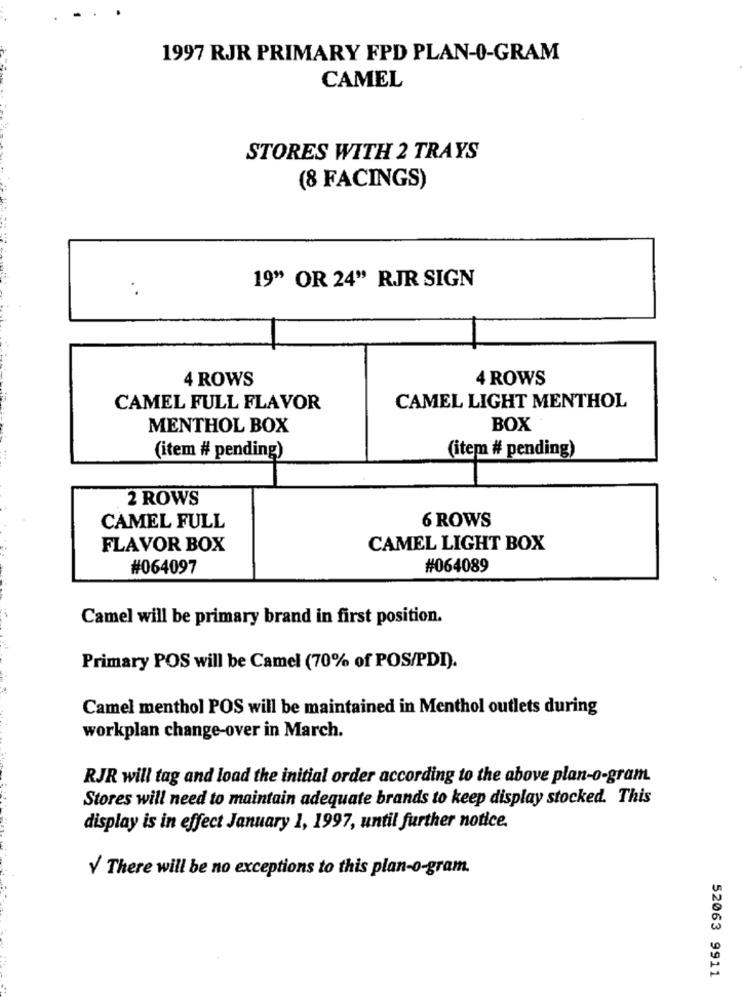
1997 RJR PRIMARY FPD PLAN-0-GRAM
CAMEL
STORES WITH 2 TRAYS
(8 FACINGS)
19" OR 24" RJR SIGN
4 ROWS
4 ROWS
CAMEL FULL FLAVOR
CAMEL LIGHT MENTHOL
MENTHOL BOX
BOX
(item # pending)
(item # pending)
2 ROWS
6 ROWS
CAMEL FULL
FLAVOR BOX
CAMEL LIGHT BOX
#064097
#064089
Camel will be primary brand in first position.
Primary POS will be Camel (70% of POS/PDI).
Camel menthol POS will be maintained in Menthol outlets during
workplan change-over in March.
RJR will tag and load the initial order according to the above plan-o-gram
Stores will need to maintain adequate brands to keep display stocked. This
display is in effect January 1, 1997, until further notice.
V There will be no exceptions to this plan-o-gram.
52063 9911